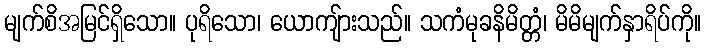
မျက်စိအမြင်ရှိသော။ ပုရိသော၊ ယောကျ်ားသည်။ သကံမုခနိမိတ္တံ၊ မိမိမျက်နှာရိပ်ကို။